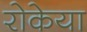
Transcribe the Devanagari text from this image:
रोकेया